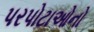
પરપોટાઓનો